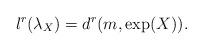
LaTeX: \begin{align*}l^r(\lambda_X) = d^r(m, \exp(X)). \end{align*}